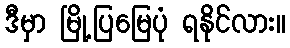
ဒီမှာ မြို့ပြမြေပုံ ရနိုင်လား။